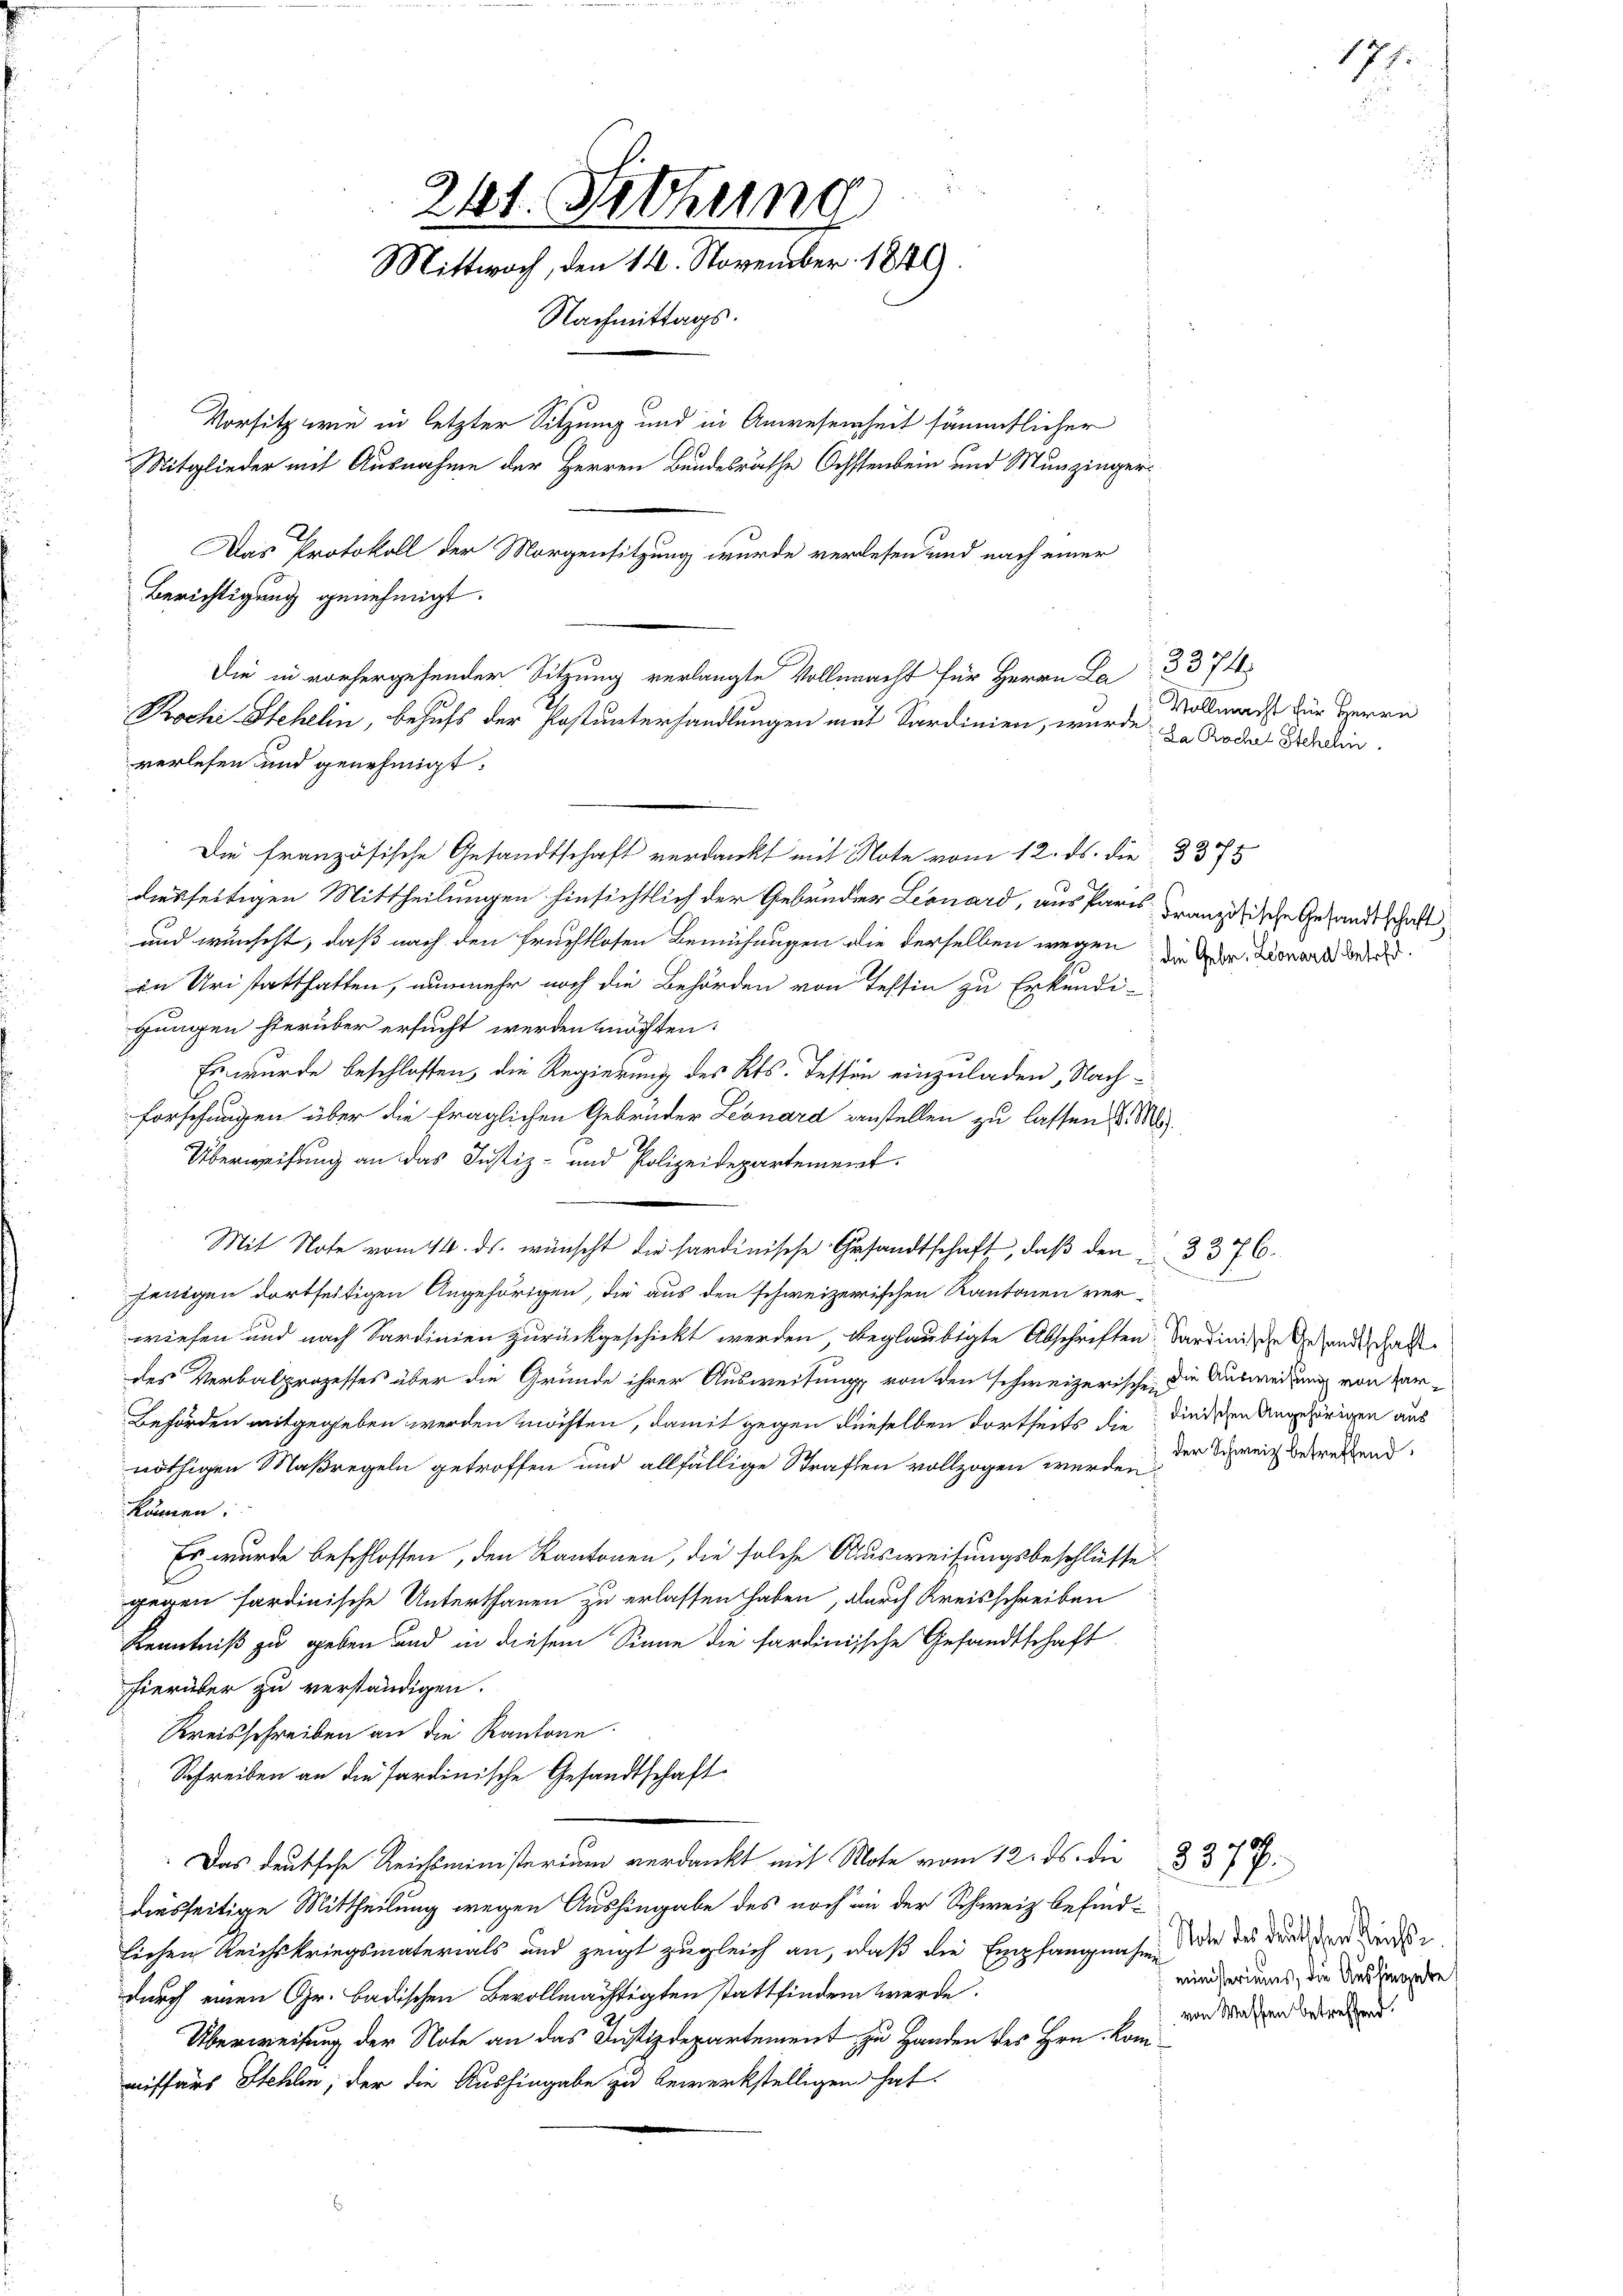
241. Setzung
Mittwoch, den 14. November 1849.
Nachmittags.
Vorsitz wie in letzter Sitzung und in Anwesenheit sämmtlicher
Mitglieder mit Ausnahme der Herren Bundesräthe Ochstenbein und Munzinger¬
Das Protokoll der Morgensitzung wurde verlesen und nach einer
Berichtigung genehmigt.

Die französische Gesandtschaft verdankt mit Note vom 12. ds. die 337
diesseitigen Mittheilungen hinsichtlich der Gebrüder Leonard, aus Paris Französische Gesandtschaft
und wünscht, daß nach den fruchtlosen Bemühungen die derselben wegen die Ger. Monart werden.
in Uristatthaften, nunmehr noch die Behörden von Tessin zu Erkendi-
gungen hierüber ersucht werden möchten.
Es wurde beschlossen, die Regierung des Kts. Tessin einzuladen, Nachforschungen über die fraglichen Gebrüder Leonard anstellen zu lassen
Überweisung an das Justiz- und Polizeidepartement.
Mit Note vom 14. ds. wünscht die hardinische Gesandtschaft, daβ den 3376.
jenigen dortseitigen Angehörigen, die aus den schweizerischen Kantonen verwiesen und nach Sardinien zurückgeschickt werden beglaubigte Abschriften Sardinische Gesandtschaft
des Verbalprozesses über die Gründe ihrer Ausweisung von den schweizerische die Ausweisung von Ver¬
Behörden mitgegeben werden möchten, damit gegen dieselben dortheits die die dichen Angehörigen aus
nöthigen Maßregeln getroffen und allfällige Straften vollzogen wurde, der Schreiz betretend.
kämen:
Es wurde beschlossen, den Kantonen, die solche Ausweisungsbeschlüsse
gegen sardinische Unterthanen zu erlassen haben, durch Kreisschreiben
Kenntniß zu geben und in diesem Sinne die sardinische Gesandtschaft
hierüber zu verständigen.
Kreisschreiben an die Kantone.
Schreiben an die sardinische Gesandtschaft
Das deutsche Reichsministerium verdankt mit Note vom 12. ds. die
diesseitige Mittheilung wegen Aushingabe des noch an der Schweiz befindlichen Reichskriegsmaterials und zeigt zugleich an, daß die Empfangnase, die des durch der Kinde
durch einen Gr. badischen Bevollmächtigten stattfinden werde.
Überweisung der Note an das Justizdepartement zu Handen des Hrn. Kommissars Stehlen, der die Aushingabe zu bewerkstelligen hat.

Die in vorhergehender Sitzung verlangte Vollmacht für Herrn La 3 374
Rochi Stehelin, behufs der Postunterhandlungen mit Sardinien, wurde zu Boden Bedin
verlesen und genehmigt:

Vollmacht für Herrn

177.

ministeriums, die Aushingebe
von Waffen betreffend.

8
3377.